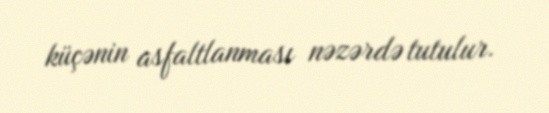
küçənin asfaltlanması nəzərdə tutulur.